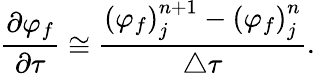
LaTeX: \frac{\partial\varphi_{f}}{\partial\tau}\cong\frac{{\left(\varphi_{f}\right)}_{j}^{n+1}-{\left(\varphi_{f}\right)}_{j}^{n}}{\triangle\tau}.